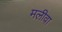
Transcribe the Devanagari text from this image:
मलीवा